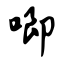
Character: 唧